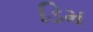
ડિમ